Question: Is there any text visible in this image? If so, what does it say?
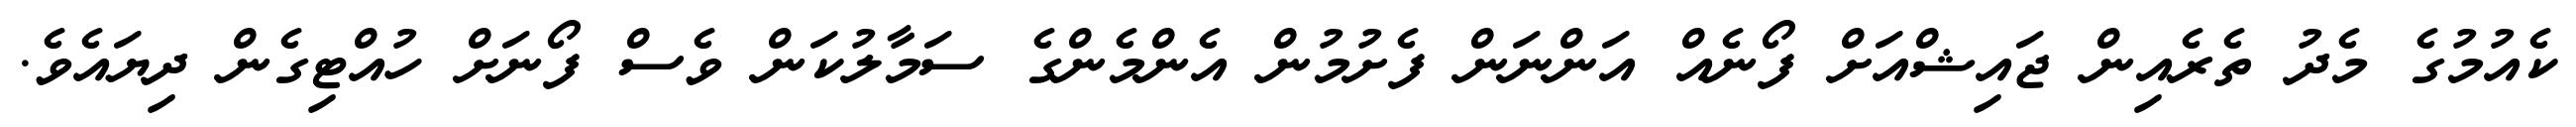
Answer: ކެއުމުގެ މެދު ތެރެއިން ޖައިޝްއަށް ފޯނެއް އަންނަން ފެށުމުން އެންމެންގެ ސަމާލުކަން ވެސް ފޯނަށް ހުއްޓިގެން ދިޔައެވެ.